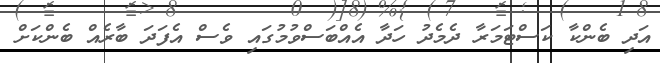
އަދި ބެންކާ ކަސްޓަމަރާ ދެެމެދު ހަދާ އެއްބަސްވުމުގައި ވެސް އެފަަދަ ބާރެއް ބެންކަށް